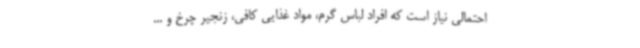
احتمالی نیاز است که افراد لباس گرم، مواد غذایی کافی، زنجیر چرخ و ...